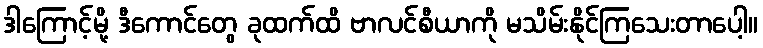
ဒါကြောင့်မို့ ဒီကောင်တွေ ခုထက်ထိ ဗာလင်စီယာကို မသိမ်းနိုင်ကြသေးတာပေါ့။